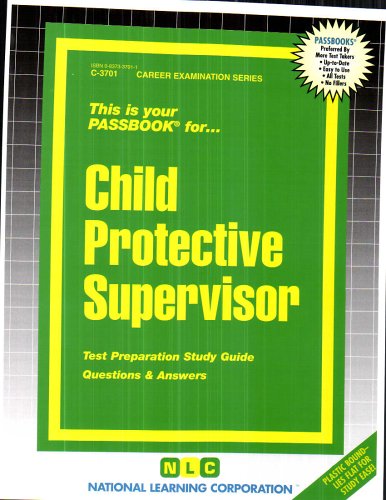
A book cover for Child Protective Supervisor(Passbooks) (Career Examination Series : Cs-1); Jack Rudman; Test Preparation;